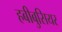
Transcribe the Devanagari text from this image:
हबीबुसियर